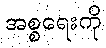
အစ္စရေးကို